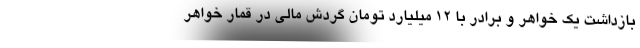
بازداشت یک خواهر و برادر با 12 میلیارد تومان گردش مالی در قمار خواهر